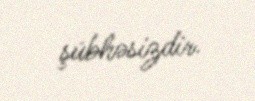
şübhəsizdir.